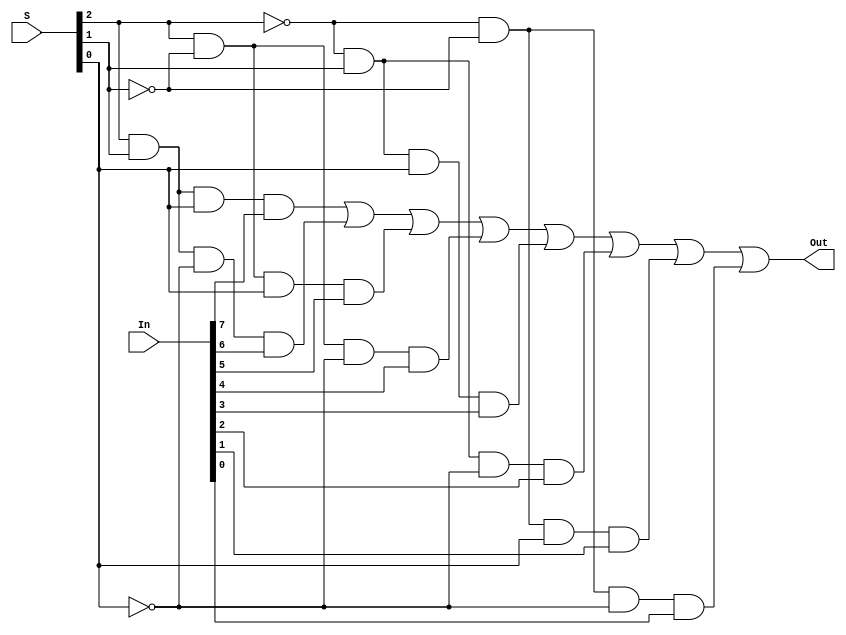
module ttl74151(Out, S, In);
    output Out;
    input [2:0] S;
    input [7:0] In;

    // ON 74LS151, simplified (Select -> Z)
    // data -> negZ is #(0:12:20)
    // select -> negZ is #(0:20:32)
    assign #(0:27:43) Out[0] =
	  ( S[2] &  S[1] &  S[0] & In[7])
	| ( S[2] &  S[1] & !S[0] & In[6])
	| ( S[2] & !S[1] &  S[0] & In[5])
	| ( S[2] & !S[1] & !S[0] & In[4])
	| (!S[2] &  S[1] &  S[0] & In[3])
	| (!S[2] &  S[1] & !S[0] & In[2])
	| (!S[2] & !S[1] &  S[0] & In[1])
	| (!S[2] & !S[1] & !S[0] & In[0]);
endmodule